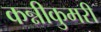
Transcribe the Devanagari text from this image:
कन्नीकुमरी